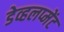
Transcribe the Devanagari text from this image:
डेव्हलप्मेंट